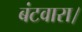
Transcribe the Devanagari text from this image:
बंटवारा।